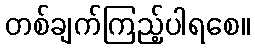
တစ်ချက်ကြည့်ပါရစေ။